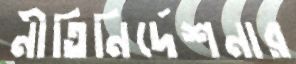
নীতিনির্দেশনার